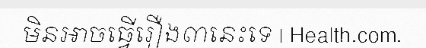
មិនអាចធ្វើរឿង៣នេះទេ | Health.com.